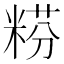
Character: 𥺯